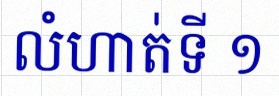
លំហាត់ទី ១